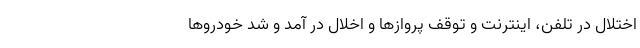
اختلال در تلفن، اینترنت و توقف پروازها و اخلال در آمد و شد خودروها